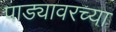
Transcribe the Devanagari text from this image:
पाड्यावरच्या